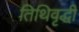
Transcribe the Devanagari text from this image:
तिथिवृद्धी